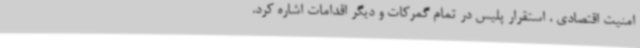
امنیت اقتصادی ، استقرار پلیس در تمام گمرکات و دیگر اقدامات اشاره کرد.